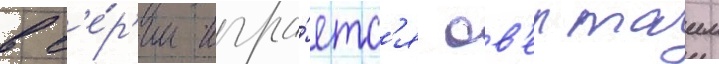
в с'е́р'ии игра́етс'я ов'ертаим